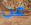
عن